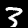
Digit: 3